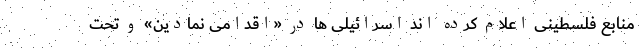
منابع فلسطینی اعلام کرده اند اسرائیلی ها در «اقدامی نمادین» و تحت